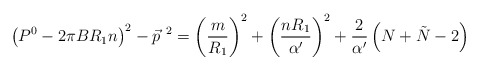
\begin{align*}\left( P^0-2\pi BR_{1}n\right)^2-{\vec p}^{~2}= \left(\frac{m}{R_{1}}\right)^2+\left( \frac{nR_{1}}{\alpha'}\right)^2+\frac{2}{\alpha'}\left( N+\tilde N-2\right)\end{align*}